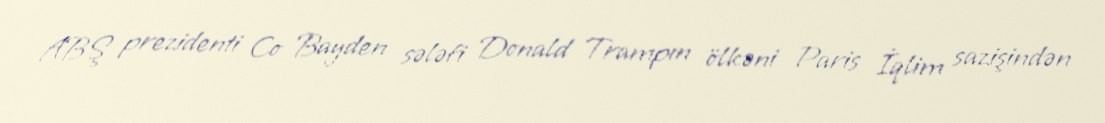
ABŞ prezidenti Co Bayden sələfi Donald Trampın ölkəni Paris İqlim sazişindən